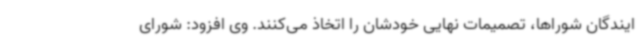
ایندگان شوراها، تصمیمات نهایی خودشان را اتخاذ می‌کنند. وی افزود: شورای